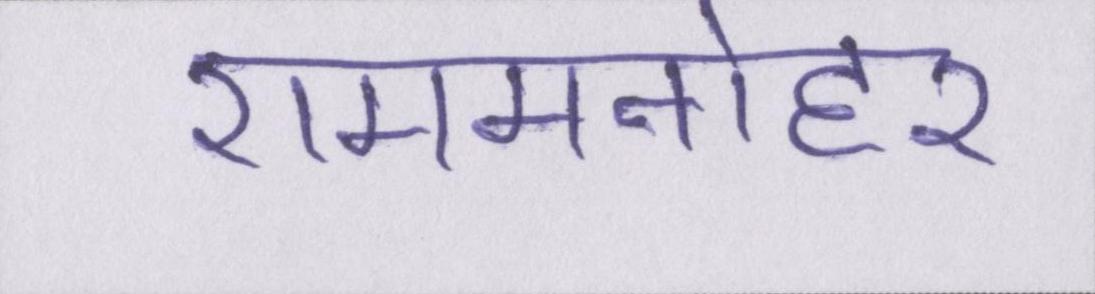
राममनोहर